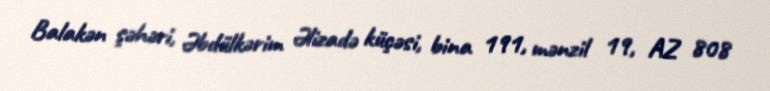
Balakən şəhəri, Əbdülkərim Əlizadə küçəsi, bina 191, mənzil 19, AZ 808